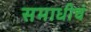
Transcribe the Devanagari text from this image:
समाधीचं